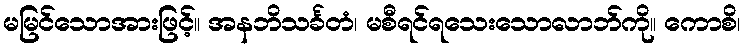
မမြင်သောအားဖြင့်။ အနဘိသင်္ခတံ၊ မစီရင်ရသေးသောလာဘ်ကို။ ကောစိ၊